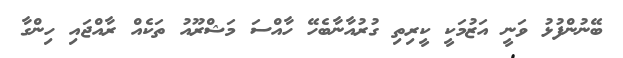
ބޭނުންފުޅު ވަނީ އަޒުމަކީ ކީރިތި ގުރުއާނާބެހޭ ހާއްސަ މަޝްރޫއު ތަކެއް ރާއްޖައި ހިންގާ